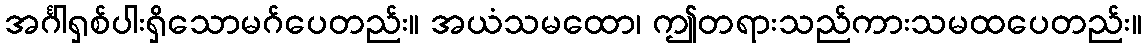
အင်္ဂါရှစ်ပါးရှိသောမဂ်ပေတည်း။ အယံသမထော၊ ဤတရားသည်ကားသမထပေတည်း။